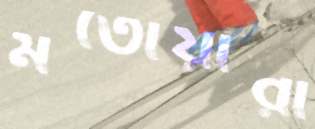
মতোয়ারা